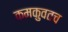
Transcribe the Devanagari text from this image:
कमकुवतच